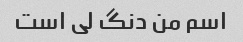
اسم من دنگ لی است